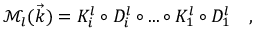
\mathcal { M } _ { l } ( \vec { k } ) = K _ { i } ^ { l } \circ D _ { i } ^ { l } \circ . . . \circ K _ { 1 } ^ { l } \circ D _ { 1 } ^ { l } \quad ,